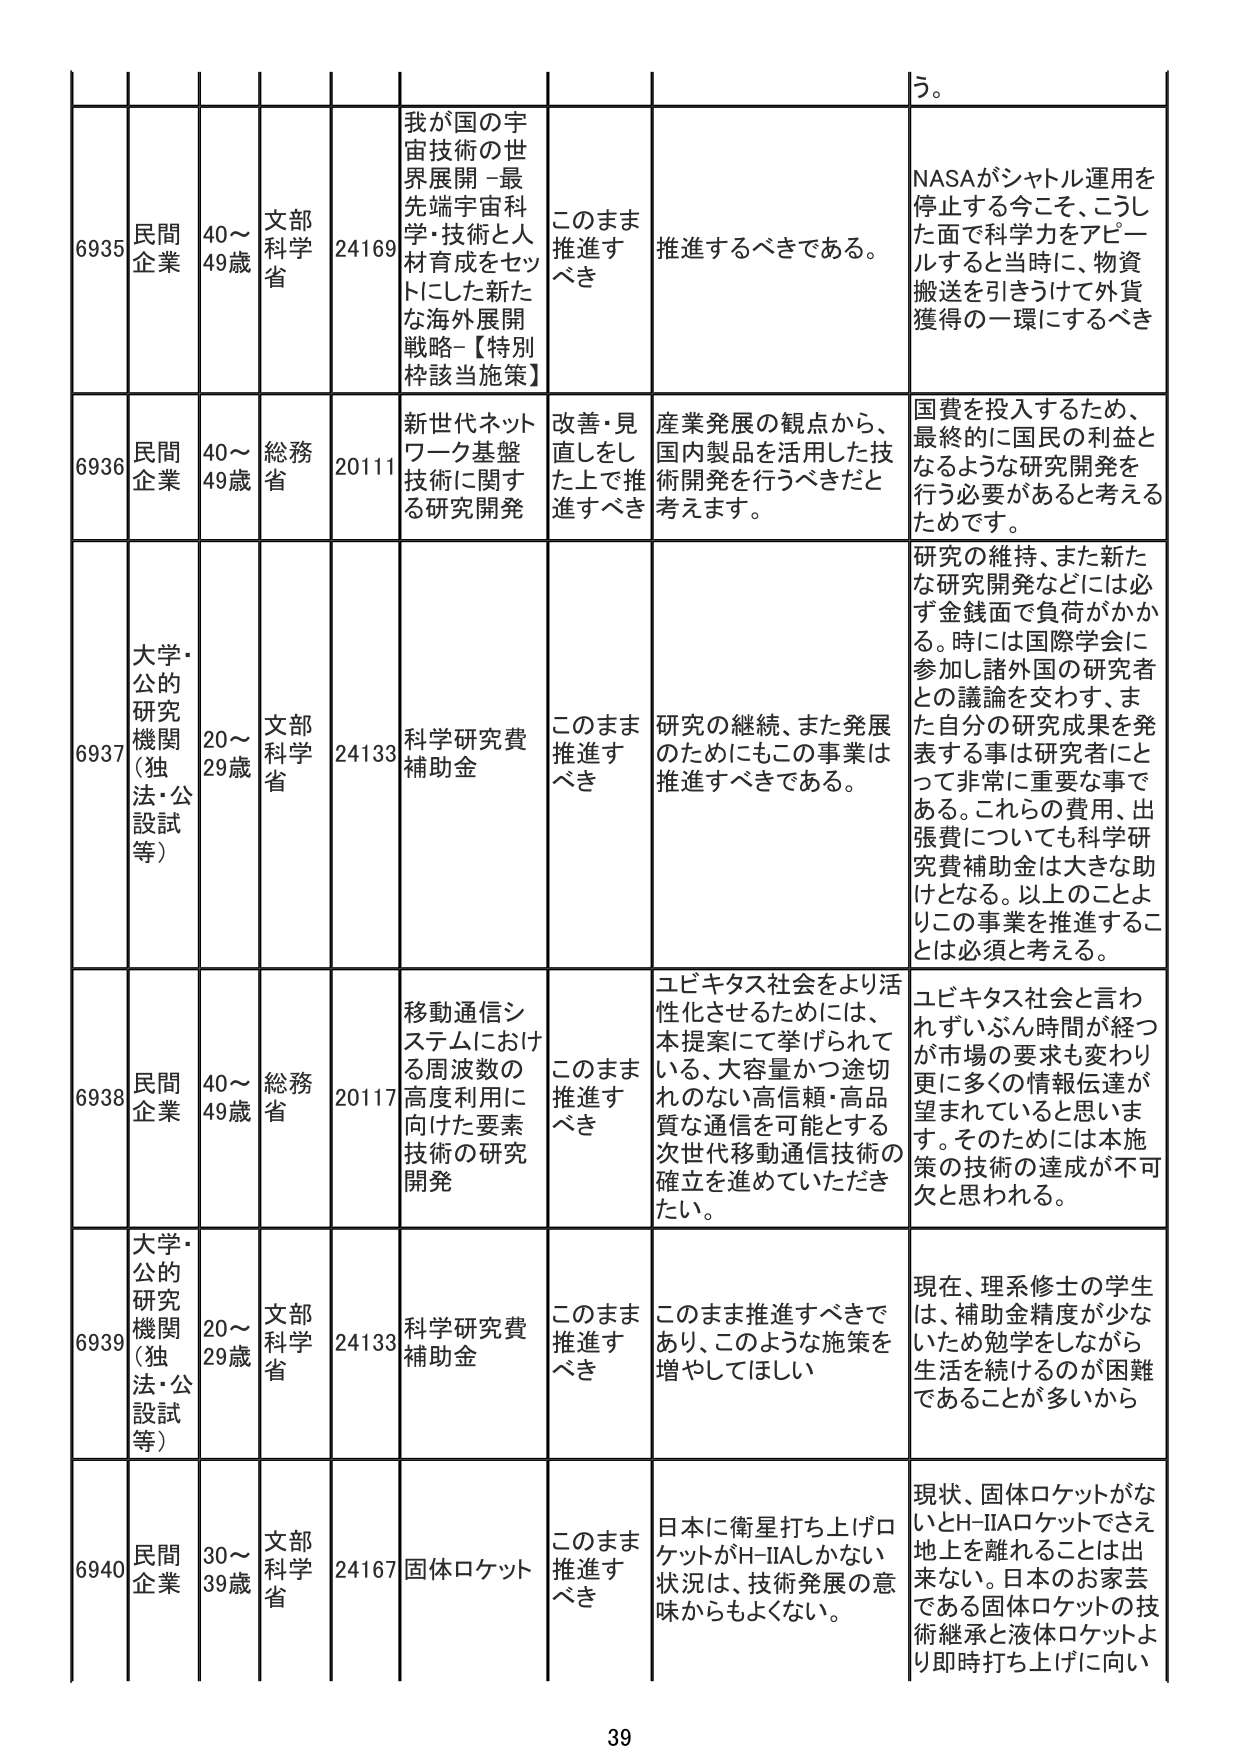
う。

6935 民間企業 40～49歳 文部科学省 24169 我が国の宇宙技術の世界展開 - 最先端宇宙科学・技術と人材育成をセットにした新たな海外展開戦略-【特別枠該当施策】 このまま推進すべき 推進するべきである。 NASAがシャトル運用を停止する今こそ、こうした面で科学力をアピールすると同時に、物資搬送を引きうけて外貨獲得の一環にするべき

6936 民間企業 40～49歳 総務省 20111 新世代ネットワーク基盤技術に関する研究開発 改善・見直しをした上で推進すべき 産業発展の観点から、国内製品を活用した技術開発を行うべきだと考えます。 国費を投入するため、最終的に国民の利益となるような研究開発を行う必要があると考えるためです。

6937 大学・公的研究機関（独法・公設試等） 20～29歳 文部科学省 24133 科学研究費補助金 このまま推進すべき 研究の継続、また発展のためにもこの事業は推進すべきである。 研究の維持、また新たな研究開発などには必ず金銭面で負荷がかかる。時には国際学会に参加し諸外国の研究者との議論を交わす、また自分の研究成果を発表する事は研究者にとって非常に重要な事である。これらの費用、出張費についても科学研究費補助金は大きな助けとなる。以上のことよりこの事業を推進することは必須と考える。

6938 民間企業 40～49歳 総務省 20117 移動通信システムにおける周波数の高度利用に向けた要素技術の研究開発 このまま推進すべき ユビキタス社会をより活性化させるためには、本提案にて挙げられている、大容量かつ途切れのない高信頼・高品質な通信を可能とする次世代移動通信技術の確立を進めていただきたい。 ユビキタス社会と言われずいぶん時間が経つが市場の要求も変わり更に多くの情報伝達が望まれていると思います。そのためには本施策の技術の達成が不可欠と思われる。

6939 大学・公的研究機関（独法・公設試等） 20～29歳 文部科学省 24133 科学研究費補助金 このまま推進すべき このまま推進すべきであり、このような施策を増やしてほしい 現在、理系修士の学生は、補助金精度が少ないため勉学をしながら生活を続けるのが困難であることが多いから

6940 民間企業 30～39歳 文部科学省 24167 固体ロケット このまま推進すべき 日本に衛星打ち上げロケットがH-IIAしかない状況は、技術発展の意味からもよくない。 現状、固体ロケットがないとH-IIAロケットでさえ地上を離れることは出来ない。日本のお家芸である固体ロケットの技術継承と液体ロケットより即時打ち上げに向い

39